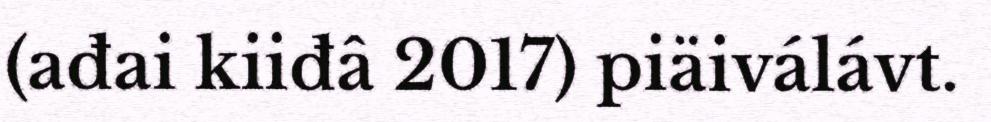
(ađai kiiđâ 2017) piäiválávt.